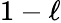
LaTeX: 1-\ell